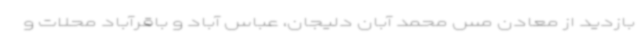
بازدید از معادن مس محمد آبان دلیجان، عباس آباد و باقرآباد محلات و